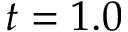
t = 1 . 0